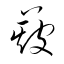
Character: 簸